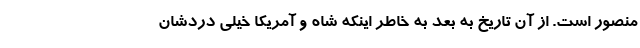
منصور است. از آن تاریخ به بعد به خاطر اینکه شاه و آمریکا خیلی دردشان